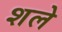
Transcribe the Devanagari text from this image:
शले